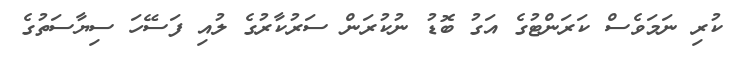
ކުރި ނަމަވެސް ކަރަންޓުގެ އަގު ބޮޑު ނުކުރަން ސަރުކާރުގެ ލުއި ފަސޭހަ ސިޔާސަތުގެ